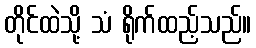
တိုင်ထဲသို့ သံ ရိုက်ထည့်သည်။